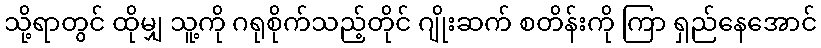
သို့ရာတွင် ထိုမျှ သူ့ကို ဂရုစိုက်သည့်တိုင် ဂျိုးဆက် စတိန်းကို ကြာ ရှည်နေအောင်